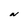
Character: N